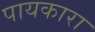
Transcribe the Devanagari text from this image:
पायकारा